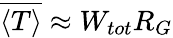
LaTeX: \overline{{\langle T\rangle}}\approx W_{tot}{R}_{G}